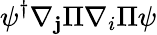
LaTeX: \psi^{\dagger}\nabla_{\mathbf{j}}\Pi\nabla_{i}\Pi\psi